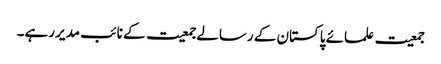
جمعیت علمائے پاکستان کے رسالے جمعیت کے نائب مدیر رہے۔